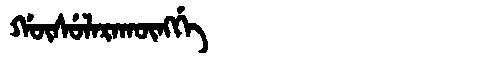
Manchu: ᡤᡡᠰᡠᠯᠠᡵᠠᡴᡡᠩᡤᡝ
Romanization: GŪSULARAKŪNGGE